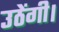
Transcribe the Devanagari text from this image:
उठेंगी।